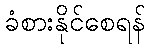
ခံစားနိုင်စေရန်